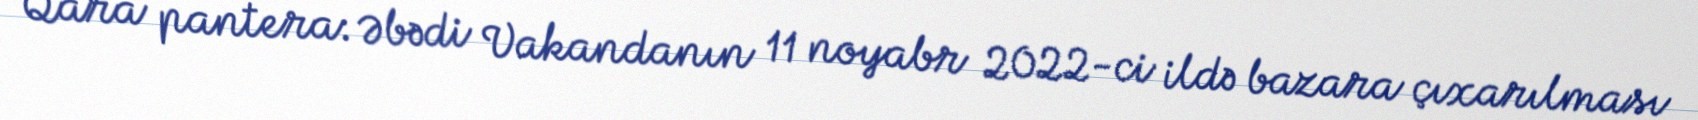
Qara pantera: Əbədi Vakandanın 11 noyabr 2022-ci ildə bazara çıxarılması